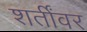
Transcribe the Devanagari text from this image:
शर्तींवर